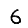
Digit: 6